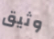
وثيق